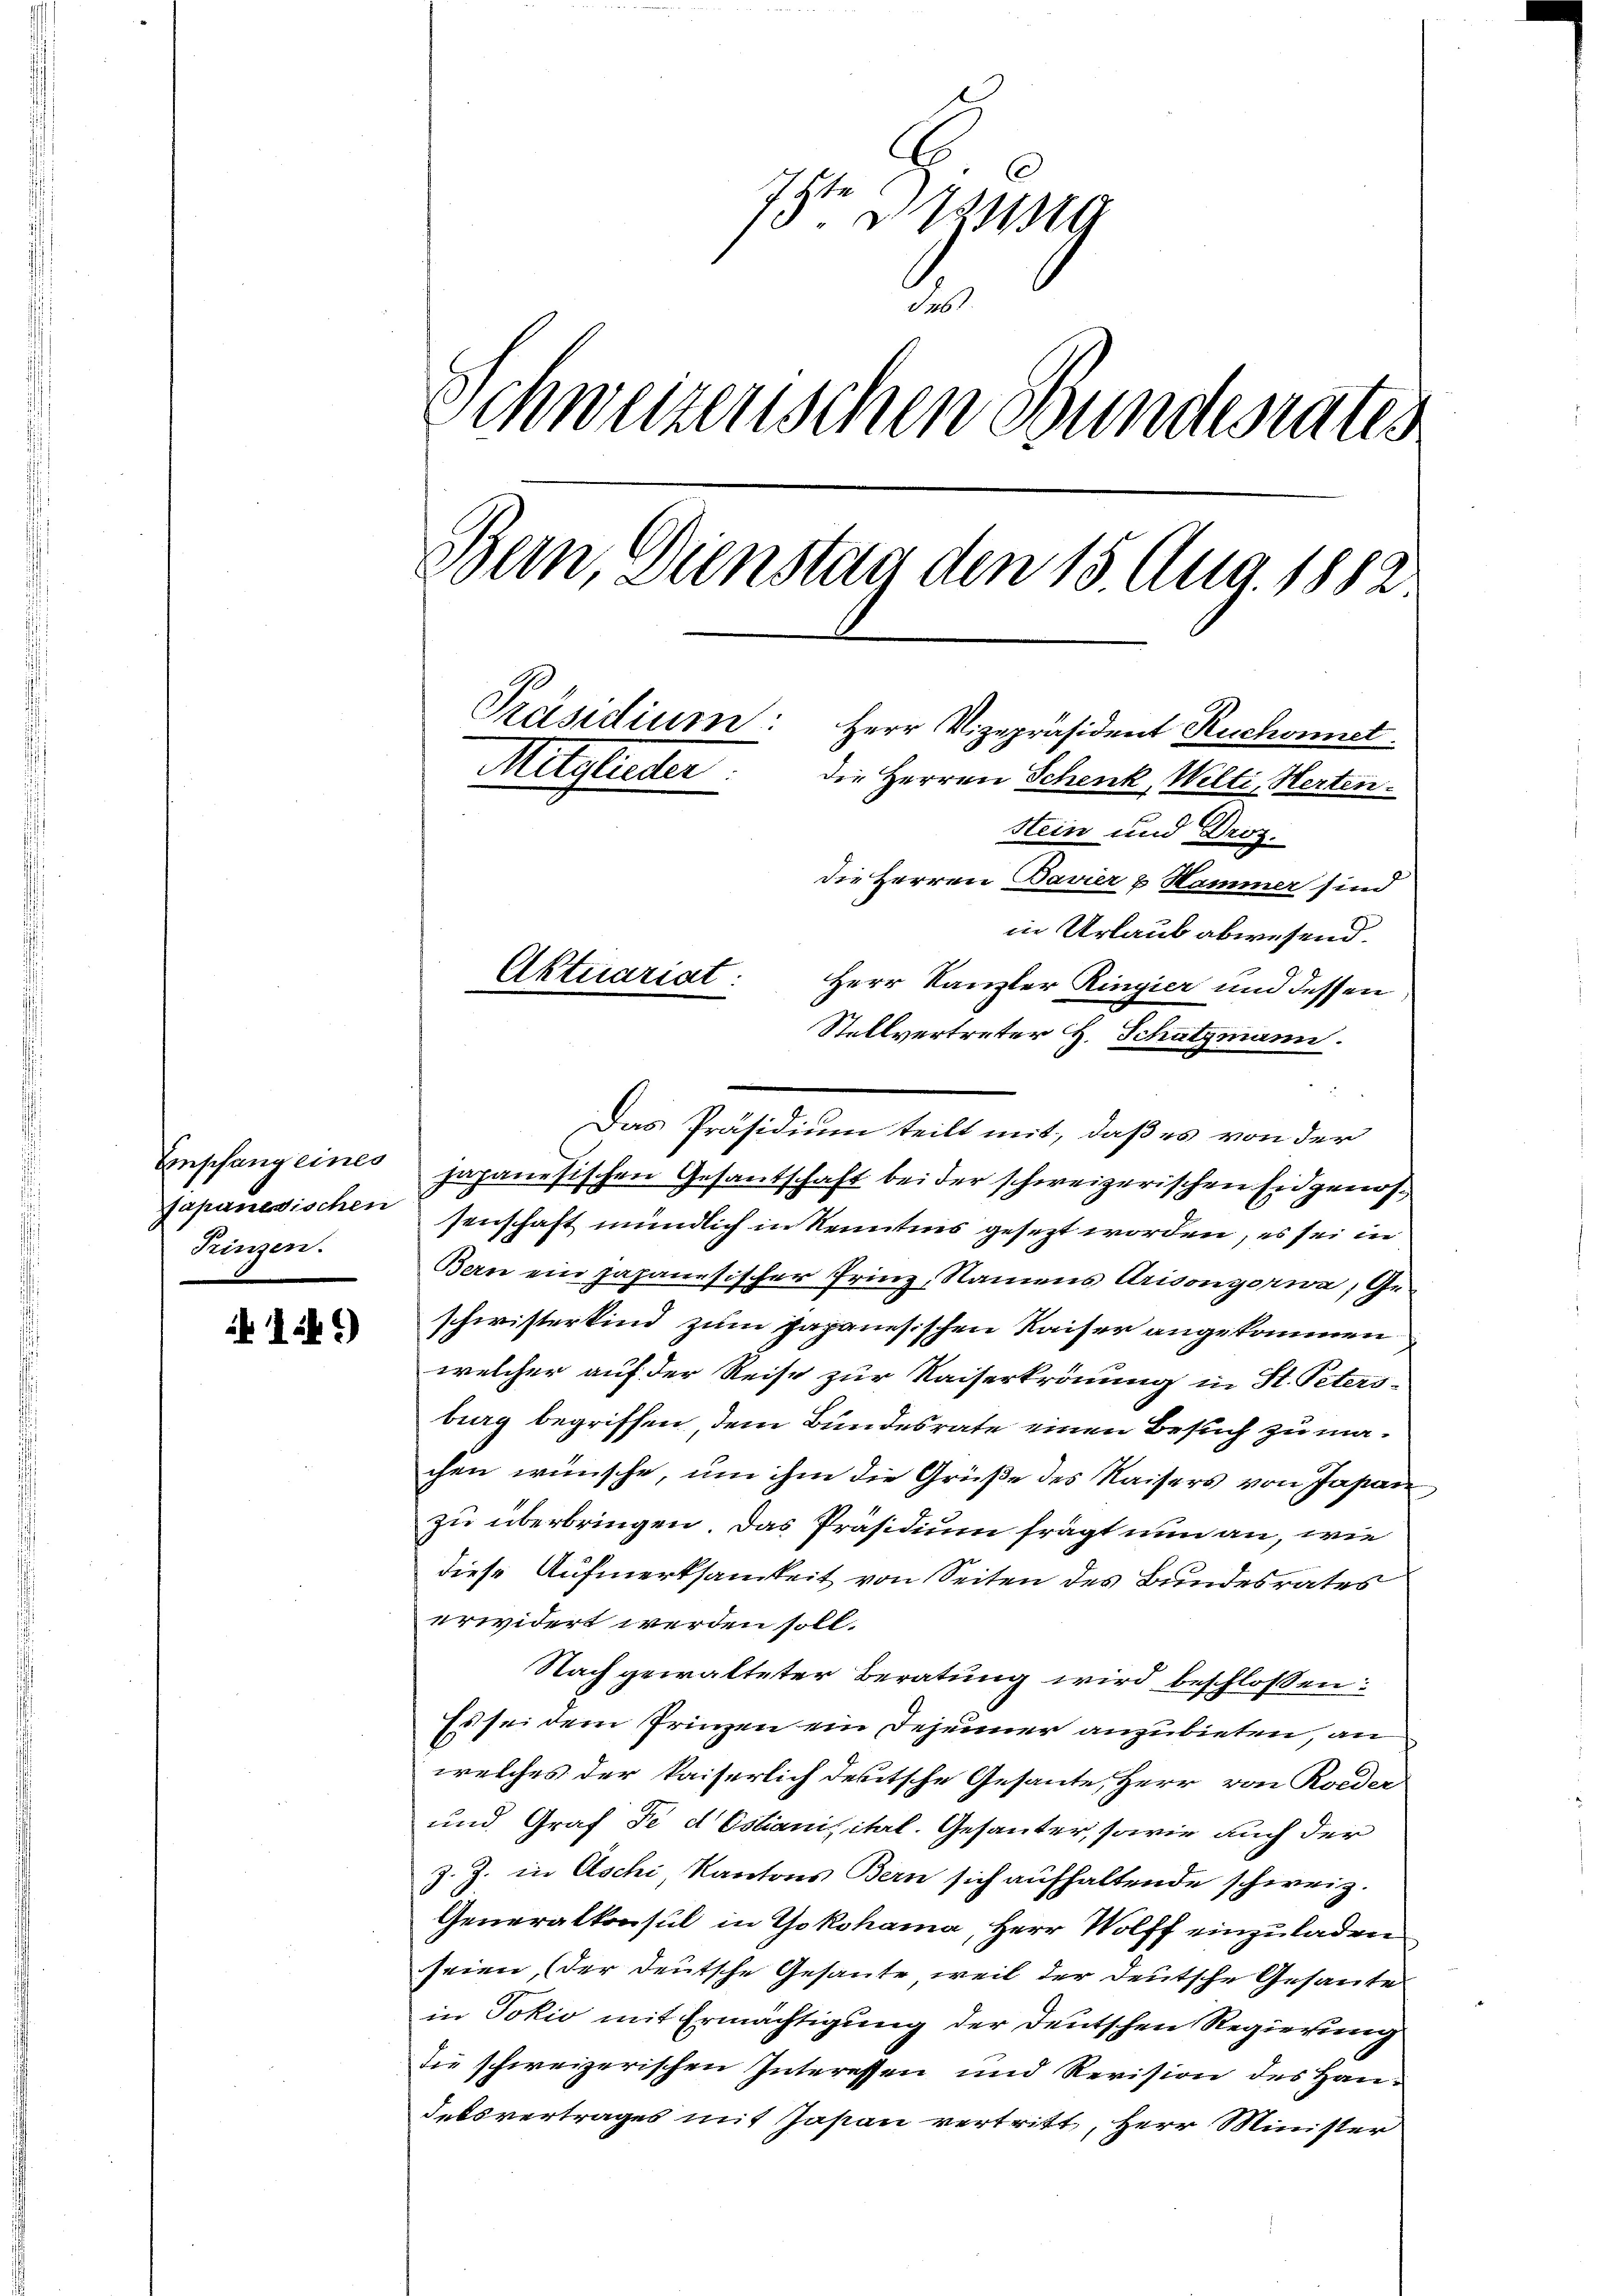
Frinzen.

1.)

2
Schweizerischen Bundesrates
Bern, Dienstag den 15. Aug. 1882.
Präsidium: Herr Vizepräsident Ruchonnet.
Mitglieder
die Herren Schenk, Wilti, Herten.
Stein und Droz.
die Herren Davier & Hammer sind

Aktuariat:

Iste Spieg

in Urlaub abwesend.
Herr Kanzler Ringier und dessen,
Stellvertreter H. Schatzmann.
Das Präsidium teilt mit, daß es von der
Empfang eines japanesischen Gesantschaft bei der schweizerischen Eidgenos¬
Japanesischen senschaft mündlich in Kenntnis gesezt worden, es sei in
Bern ein japanesischer Prinz, Namens Arisongorwa, Ge-
schwisterkind zum Japanesischen Kaiser angekommen
welcher auf der Reise zur Kaiserkrönung in St. Petersburg begriffen, dem Bundesrate einen Besuch zu machen wünsche, um ihm die Grüße des Kaisers von Japan
zu überbringen. Das Präsidium frägt nun an, wie
diese Aufmerksamkeit von Seiten des Bundesrates
erwidert werden soll.
Nach gewalteter Beratung wird beschlossen:
Es sei dem Frinzen ein Deseiner anzubieten, an
welches der kaiserlich deutsche Gesante, Herr von Roeder
und Graf Fe d Estianisital. Gesanter, sowie auch der
z. Z. in Aschi, Kantons Bern sich aufhaltende schweiz.
Generalkonsul in Yokohama, Herr Wolff einzuladen
seien, (der deutsche Gesante weil der deutsche Gesante
in Jokio mit Ermächtigung der Deutschen Regierung
die schweizerischen Interessen und Revision des Handetsvertrages mit Japan vertritt, Herr Minister